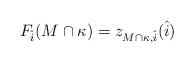
LaTeX: \begin{align*}F_{\hat{i}}(M \cap \kappa) = z_{M \cap \kappa, \hat{i}}(\hat{i})\end{align*}